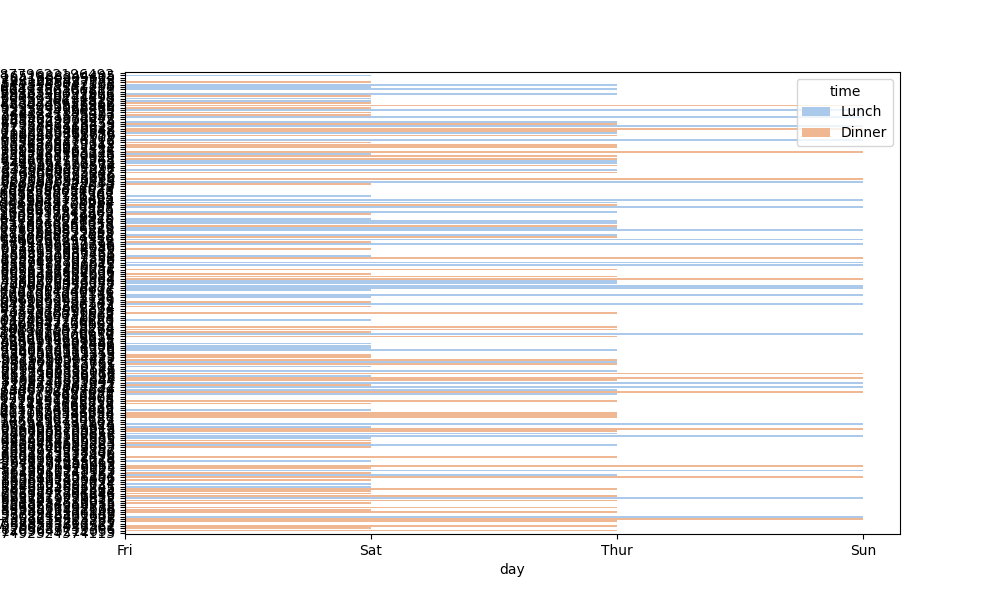
python, seaborn, barplot, hue='time', palette='pastel', ci=95, orient='h'